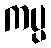
ကပ္ပ